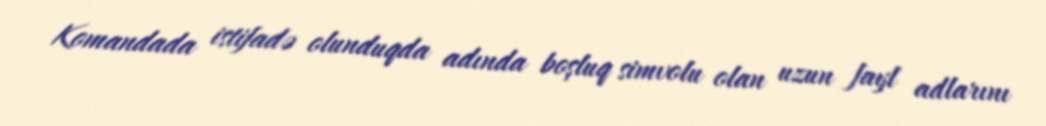
Komandada istifadə olunduqda adında boşluq simvolu olan uzun fayl adlarını